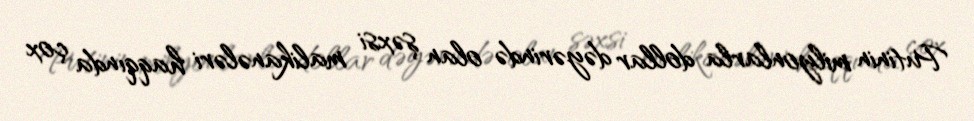
Putinin milyonlarla dollar dəyərində olan şəxsi malikanələri haqqında çox